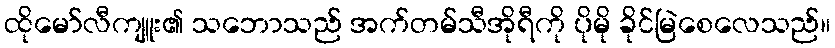
ထိုမော်လီကျူး၏ သဘောသည် အက်တမ်သီအိုရီကို ပိုမို ခိုင်မြဲစေလေသည်။